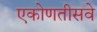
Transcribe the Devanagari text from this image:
एकोणतीसवे